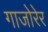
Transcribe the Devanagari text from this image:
गाजोरेर